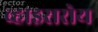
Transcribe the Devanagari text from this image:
व्हाइसरोय